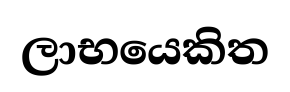
ලාභයෙකිත